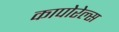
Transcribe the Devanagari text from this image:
कापोरेल्स